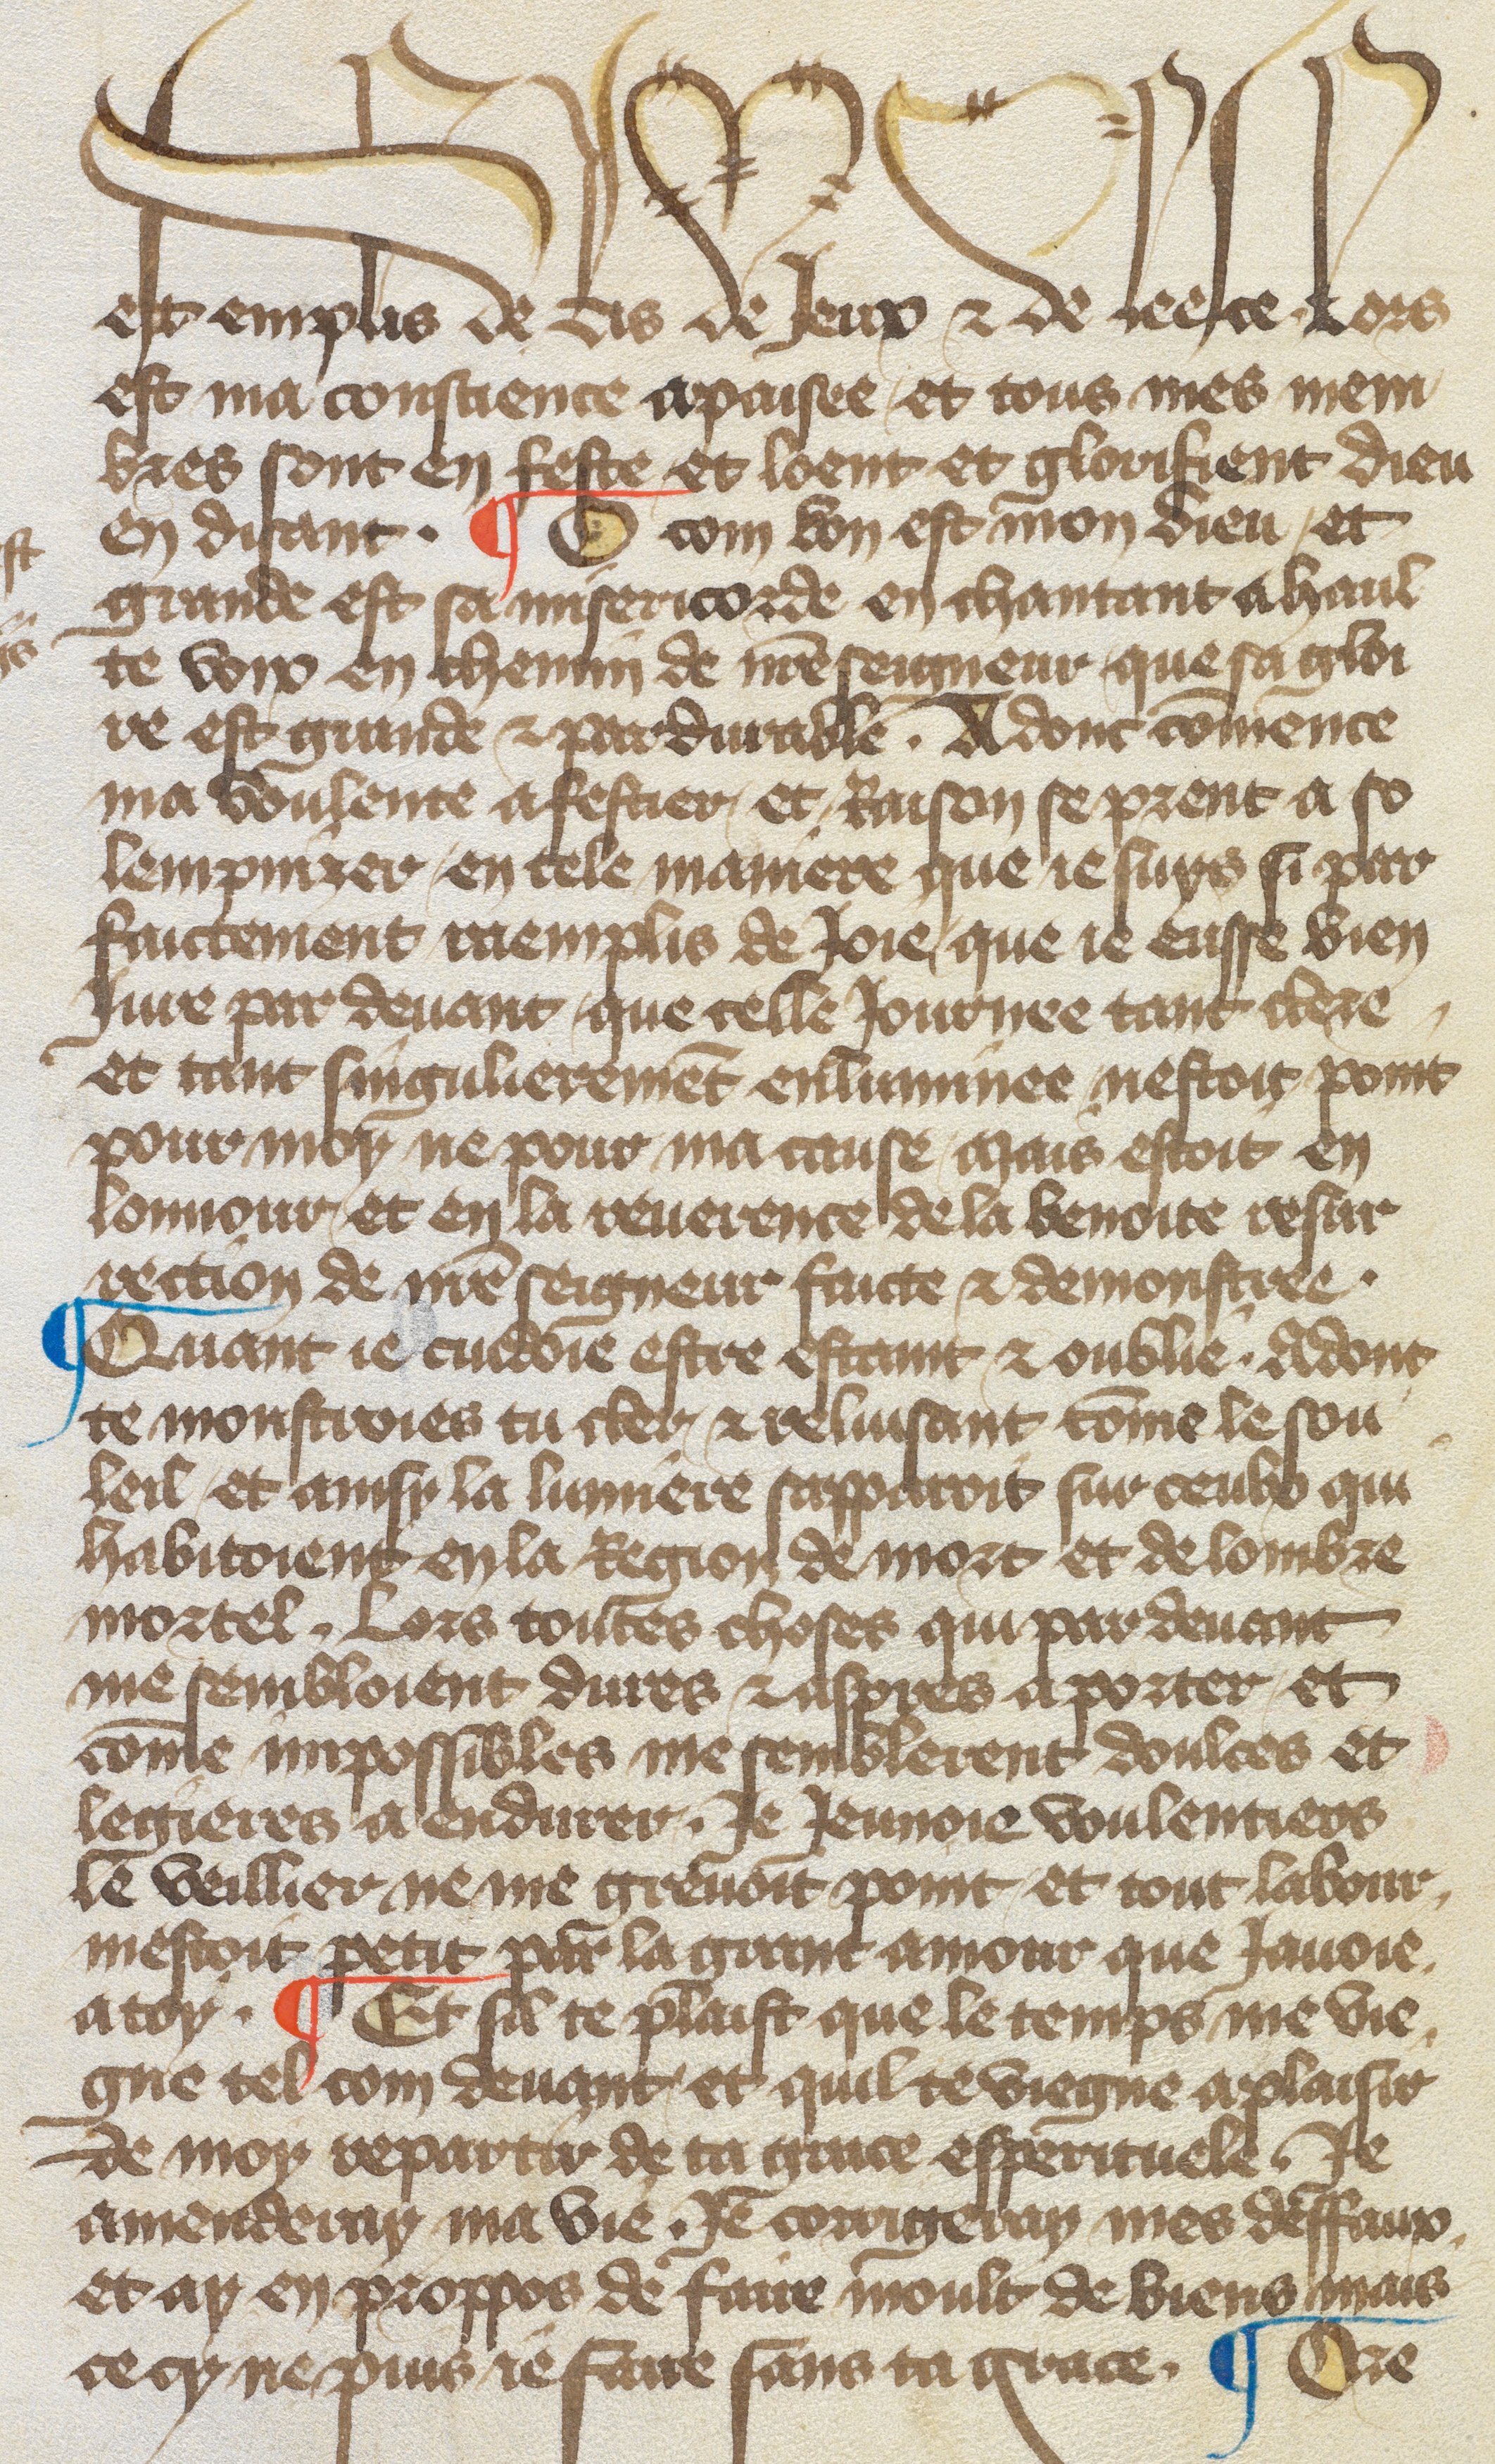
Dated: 1417–1417